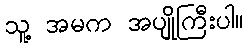
သူ့ အမက အပျိုကြီးပါ။